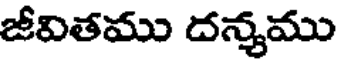
జీవితము దన్యము